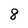
Character: 8